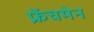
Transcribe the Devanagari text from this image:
फ्रेंचमेन